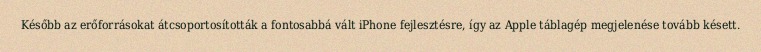
Később az erőforrásokat átcsoportosították a fontosabbá vált iPhone fejlesztésre, így az Apple táblagép megjelenése tovább késett.